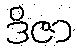
ဒိဇာ